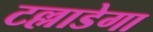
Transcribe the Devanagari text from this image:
टल्लाडेगा